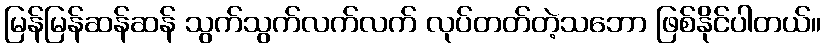
မြန်မြန်ဆန်ဆန် သွက်သွက်လက်လက် လုပ်တတ်တဲ့သဘော ဖြစ်နိုင်ပါတယ်။